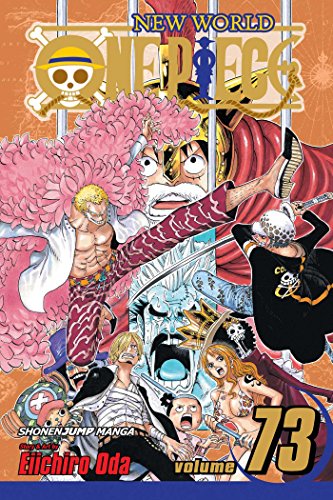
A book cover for One Piece, Vol. 73; Eiichiro Oda; Teen & Young Adult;